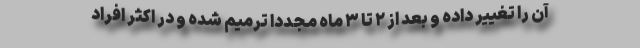
آن را تغییر داده و بعد از ۲ تا ۳ ماه مجددا ترمیم شده و در اکثر افراد